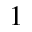
1